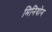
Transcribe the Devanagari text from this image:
मिनियोन